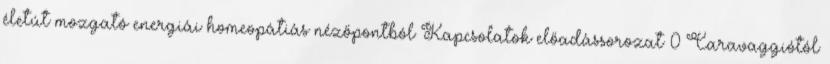
életút mozgató energiái homeopátiás nézőpontból Kapcsolatok előadássorozat 0 Caravaggiótól